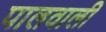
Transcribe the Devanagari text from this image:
पालवाली